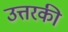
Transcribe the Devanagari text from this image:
उत्तरकी